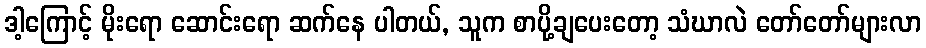
ဒါ့ကြောင့် မိုးရော ဆောင်းရော ဆက်နေ ပါတယ်, သူက စာပို့ချပေးတော့ သံဃာလဲ တော်တော်များလာ